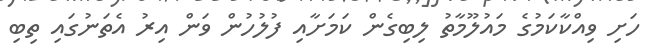
ހަށި ވިއްކާކަމުގެ މައުލޫމާތު ލިބިގެން ކަމަށާއި ފުލުހުން ވަން އިރު އެތަނުގައި ތިބި